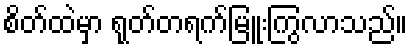
စိတ်ထဲမှာ ရုတ်တရက်မြူးကြွလာသည်။